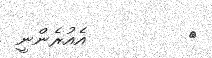
٧         އެއުރެންނީ